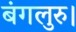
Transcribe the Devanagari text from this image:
बंगलुरु।